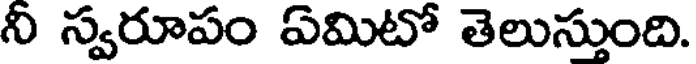
నీ స్వరూపం ఏమిటో తెలుస్తుంది.